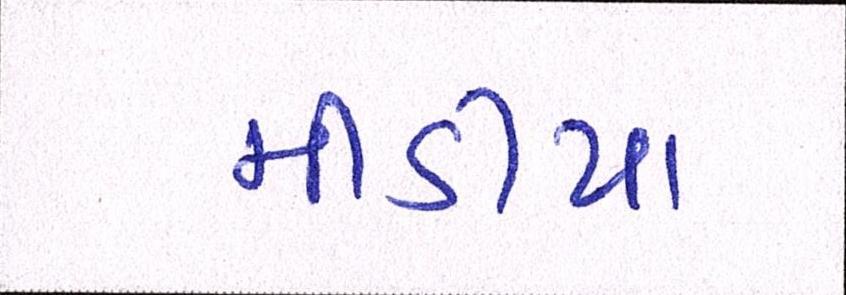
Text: મીડીયા